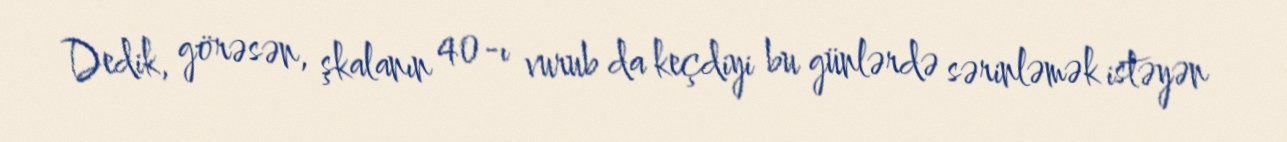
Dedik, görəsən, şkalanın 40-ı vurub da keçdiyi bu günlərdə sərinləmək istəyən